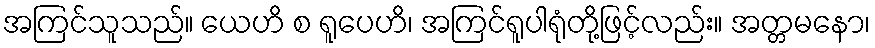
အကြင်သူသည်။ ယေဟိ စ ရူပေဟိ၊ အကြင်ရူပါရုံတို့ဖြင့်လည်း။ အတ္တမနော၊